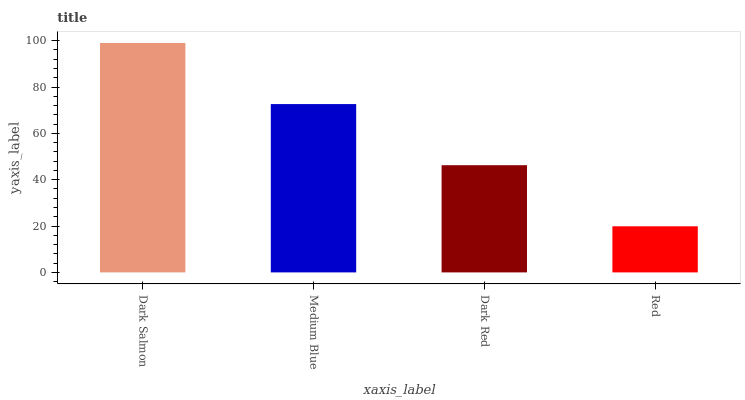
| xaxis_label | bars |
 | --- | --- |
 | Dark Salmon | 99 |
 | Medium Blue | 72.6 |
 | Dark Red | 46.3 |
 | Red | 19.9 |